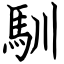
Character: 馴